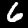
Digit: 6